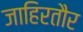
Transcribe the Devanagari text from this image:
जाहिरतौर